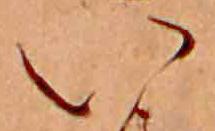
い